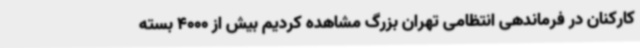
کارکنان در فرماندهی انتظامی تهران بزرگ مشاهده کردیم بیش از 4000 بسته